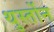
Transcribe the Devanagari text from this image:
थुर्स्तोन